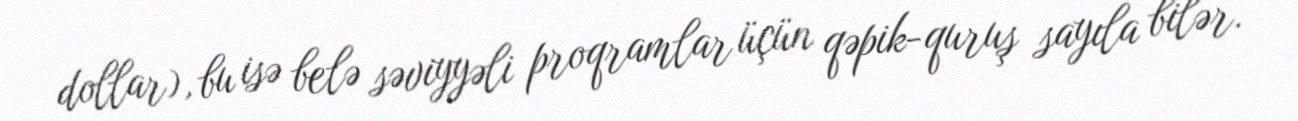
dollar), bu isə belə səviyyəli proqramlar üçün qəpik-quruş sayıla bilər.